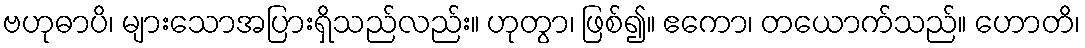
ဗဟုဓာပိ၊ များသောအပြားရှိသည်လည်း။ ဟုတွာ၊ ဖြစ်၍။ ဧကော၊ တယောက်သည်။ ဟောတိ၊